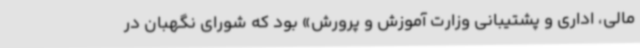
مالی، اداری و پشتیبانی وزارت آموزش و پرورش» بود که شورای نگهبان در